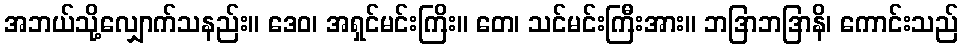
အဘယ်သို့လျှောက်သနည်း။ ဒေဝ၊ အရှင်မင်းကြိး။ တေ၊ သင်မင်းကြီးအား။ ဘဒြာဘဒြာနိ၊ ကောင်းသည်